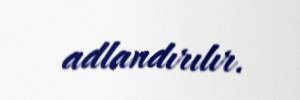
adlandırılır.